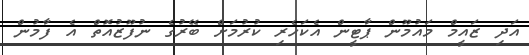
އަދި ޒައީމް މައުމޫން ޕާޓީން އެކަހެރި ކުރުމަށް ބޭރުގެ ނުފޫޒުއޮތް އެ ފާމުން